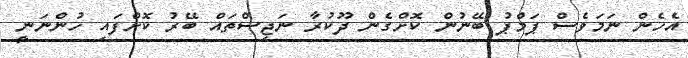
އެހެން ނަމަވެސް ޕަމްޕު ބޭނުން ކޮށްގެން ދޫކުރާ ނަޖިސްތައް ބޭރު ކޮށްފައި ހުންނަނީ